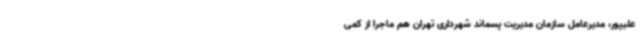
علیپور، مدیرعامل سازمان مدیریت پسماند شهرداری تهران هم ماجرا از کمی